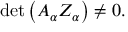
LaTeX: \operatorname * { d e t } \left( A _ { \alpha } Z _ { \alpha } \right) \neq 0 .